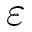
\varepsilon